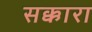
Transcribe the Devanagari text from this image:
सक्कारा